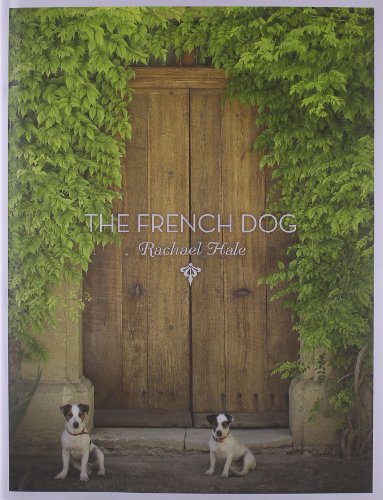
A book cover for The French Dog; Rachael Hale McKenna; Arts & Photography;